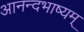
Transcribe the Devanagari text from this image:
आनन्दभाष्यम्